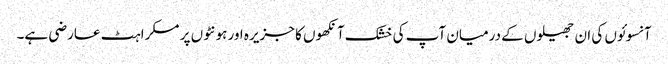
آنسوئوں کی ان جھیلوں کے درمیان آپ کی خشک آنکھوں کا جزیرہ اور ہونٹوں پر مسکراہٹ عارضی ہے۔